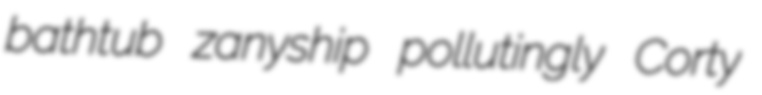
bathtub zanyship pollutingly Corty